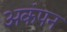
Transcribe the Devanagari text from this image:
अकंपन